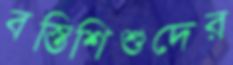
বস্তিশিশুদের